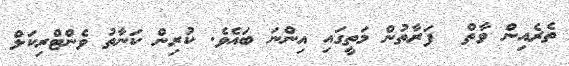
ތެރެއިން ވާތް  ފަރާތުން މަތީގައި އިންނަ ބައެވެ. ކުރިން ކަނާތު ވެންޓްރިކަލް